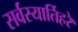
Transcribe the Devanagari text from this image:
सर्वस्यार्तिहरे